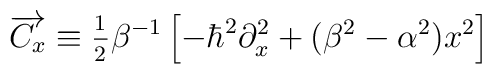
\overrightarrow{C_x}\equiv \frac{{}_1}{{}^2}\beta ^{-1}\left[ -\hbar^2\partial _x^2+(\beta ^2-\alpha ^2)x^2\right]